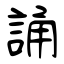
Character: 誦